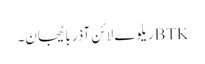
BTKریلوے لائن آذربائیجان۔